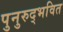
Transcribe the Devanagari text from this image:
पुनुरुद्भवित